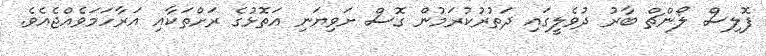
ފޮލިސް ލޯންޗް ބާރު ދުވެލީގައި ދަތުރުކުރަމުން ގޮސް ށަވިޔަނި އަތޮޅުގެ ރަށްތަކާއި އަރާހަމަވެއްޖެއެވެ.